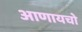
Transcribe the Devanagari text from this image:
आणायचो